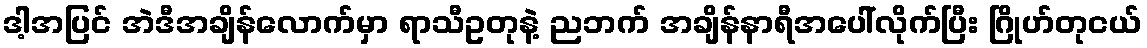
ဒါ့အပြင် အဲဒီအချိန်လောက်မှာ ရာသီဥတုနဲ့ ညဘက် အချိန်နာရီအပေါ်လိုက်ပြီး ဂြိုဟ်တုငယ်